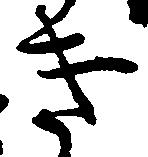
き